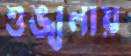
শৃঙ্খলায়